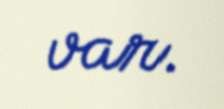
var.